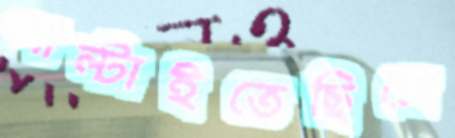
পাল্‌টাইতেছিলে